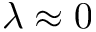
\lambda \approx 0